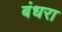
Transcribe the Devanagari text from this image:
बंधरा